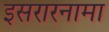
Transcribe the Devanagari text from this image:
इसरारनामा